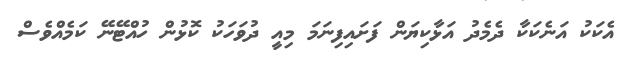
އެކަކު އަނެކަކާ ދެމެދު އަޅާކިޔަން ފަށައިފިނަމަ މިއީ ދުވަހަކު ކޮޅުން ހުއްޓޭނޭ ކަމެއްވެސް